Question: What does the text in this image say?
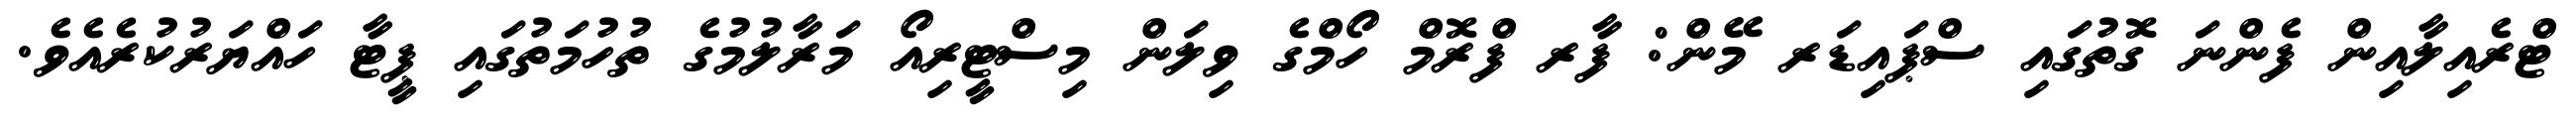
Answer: ޓްރެއިލާއިން ފެންނަ ގޮތުގައި ސްޕައިޑަރ މޭން: ފާރ ފްރޮމް ހޯމްގެ ވިލަން މިސްޓީރިއޯ މަރާލުމުގެ ތުހުމަތުގައި ޕީޓާ ހައްޔަރުކުރެއެވެ.